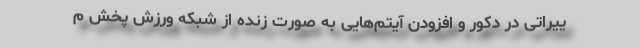
ییراتی در دکور و افزودن آیتم‌هایی به صورت زنده از شبکه ورزش پخش م